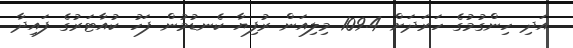
އަދި ހިންގުމުގެ ހަރަދަށް 109.4 މިލިއަން ރުފިޔާ ކެނޑުމުން ފަހު ކުއާޓަރުގެ ފައިދާ